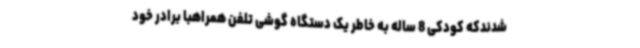
شدندکه کودکی 8 ساله به خاطر یک دستگاه گوشی تلفن همراهبا برادر خود